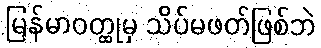
မြန်မာဝတ္ထုမှ သိပ်မဖတ်ဖြစ်ဘဲ